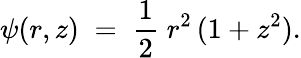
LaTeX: \psi(r,z)\; =\; \frac{1}{2}\; r^{2}\, (1+z^{2}).